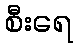
စီးရေ